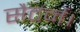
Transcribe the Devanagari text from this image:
सैटर्न।